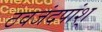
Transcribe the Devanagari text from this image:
ठवजंदपांश्